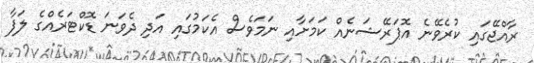
ރާއްޖޭގައި ކުރެވޭނެ އޮޕަރޭޝަނެއް ކަމަށާއި ނަމަވެސް އެކަމުގައި އަދި ދެވަނަ ޑޮކްޓަރެއްގެ ލަފާ